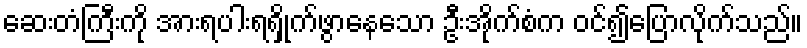
ဆေးတံကြီးကို အားရပါးရရှိုက်ဖွာနေသော ဦးအိုက်စံက ဝင်၍ပြောလိုက်သည်။